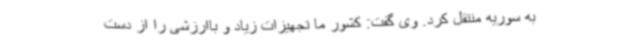
به سوریه منتقل کرد. وی گفت: کشور ما تجهیزات زیاد و باارزشی را از دست